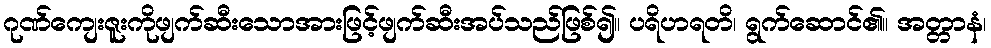
ဂုဏ်ကျေးဇူးကိုဖျက်ဆီးသောအားဖြင့်ဖျက်ဆီးအပ်သည်ဖြစ်၍။ ပရိဟရတိ၊ ရွက်ဆောင်၏။ အတ္တာနံ၊